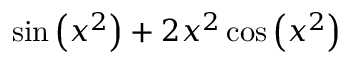
\sin \left( x ^ { 2 } \right) + 2 x ^ { 2 } \cos \left( x ^ { 2 } \right)